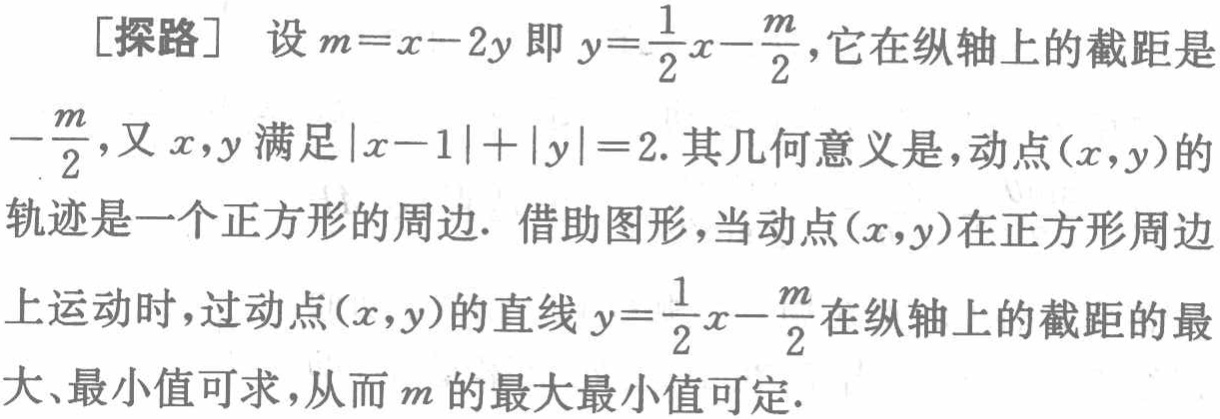
[探路] 设\(m = x - 2y\)即\(y=\frac{1}{2}x-\frac{m}{2}\)，它在纵轴上的截距是\(-\frac{m}{2}\)，又\(x,y\)满足\(\vert x - 1\vert+\vert y\vert = 2\). 其几何意义是，动点\((x,y)\)的轨迹是一个正方形的周边. 借助图形，当动点\((x,y)\)在正方形周边上运动时，过动点\((x,y)\)的直线\(y=\frac{1}{2}x-\frac{m}{2}\)在纵轴上的截距的最大、最小值可求，从而\(m\)的最大最小值可定.